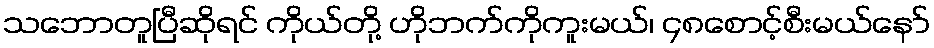
သဘောတူပြီဆိုရင် ကိုယ်တို့ ဟိုဘက်ကိုကူးမယ်၊ ၄၈စောင့်စီးမယ်နော်